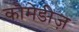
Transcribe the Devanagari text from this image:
कौमेडीज़